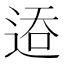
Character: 𬨦